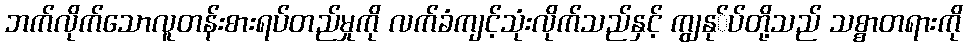
ဘက်လိုက်သောလူတန်းစားရပ်တည်မှုကို လက်ခံကျင့်သုံးလိုက်သည်နှင့် ကျွနု်ပ်တို့သည် သစ္စာတရားကို